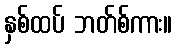
နှစ်ထပ် ဘတ်စ်ကား။